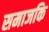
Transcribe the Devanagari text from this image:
समाजकि